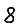
Digit: 8